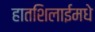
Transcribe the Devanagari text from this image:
हातशिलाईमधे